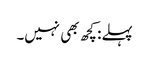
پہلے: کچھ بھی نہیں۔